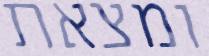
ומצאת